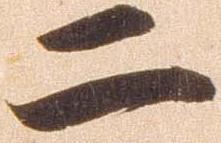
二